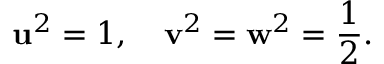
\mathbf { u } ^ { 2 } = 1 , \quad \mathbf { v } ^ { 2 } = \mathbf { w } ^ { 2 } = \frac { 1 } { 2 } .